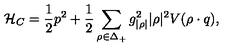
\mathcal { H } _ { C } = { \frac { 1 } { 2 } } p ^ { 2 } + { \frac { 1 } { 2 } } \sum _ { \rho \in \Delta _ { + } } { g _ { | \rho | } ^ { 2 } | \rho | ^ { 2 } } V ( \rho \cdot q ) ,